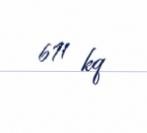
671 kq